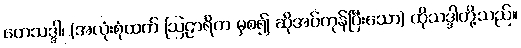
တေသဒ္ဒါ၊ (အလုံးစုံထက် ဩဠာရိက မှစ၍ ဆိုအပ်ကုန်ပြီးသော) ထိုသဒ္ဒါတို့သည်။